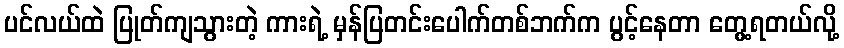
ပင်လယ်ထဲ ပြုတ်ကျသွားတဲ့ ကားရဲ့ မှန်ပြတင်းပေါက်တစ်ဘက်က ပွင့်နေတာ တွေ့ရတယ်လို့